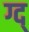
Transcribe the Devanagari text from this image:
ग्द्